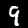
Label: 9